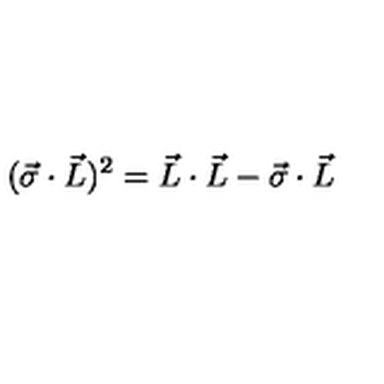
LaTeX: ( \vec { \sigma } \cdot \vec { L } ) ^ { 2 } = \vec { L } \cdot \vec { L } - \vec { \sigma } \cdot \vec { L }